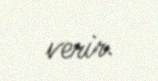
verir.